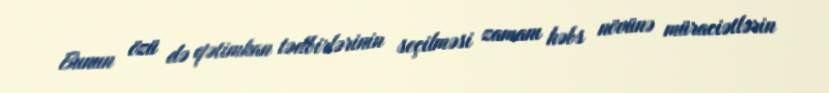
Bunun özü də qətimkan tədbirlərinin seçilməsi zamanı həbs növünə müraciətlərin